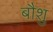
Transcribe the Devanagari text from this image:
बौशु